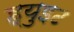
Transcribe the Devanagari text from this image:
ह्युइट